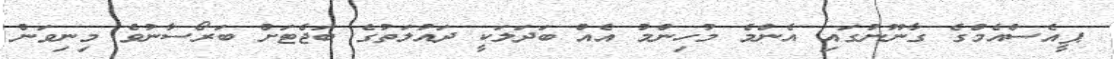
ޕީއެސްއެމްގެ ގާނޫނުގައި އެންމެ މުހިންމު އެއް ބަދަލަކީ ދައުލަތުގެ ބަޖެޓަށް ބަރޯސާނުވެ މިނިވަން